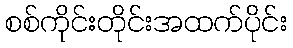
စစ်ကိုင်းတိုင်းအထက်ပိုင်း